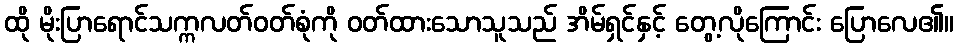
ထို မိုးပြာရောင်သက္ကလတ်ဝတ်စုံကို ဝတ်ထားသောသူသည် အိမ်ရှင်နှင့် တွေ့လိုကြောင်း ပြောလေ၏။